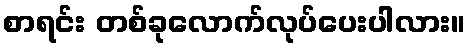
စာရင်း တစ်ခုလောက်လုပ်ပေးပါလား။